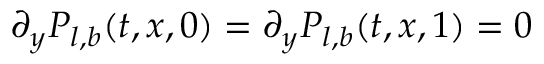
\partial _ { y } P _ { l , b } ( t , x , 0 ) = \partial _ { y } P _ { l , b } ( t , x , 1 ) = 0